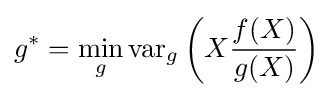
g^{*}=\min _{g}\operatorname {var} _{g}\left(X{\frac {f(X)}{g(X)}}\right)